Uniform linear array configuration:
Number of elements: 24
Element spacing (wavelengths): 0.75
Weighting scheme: uniform
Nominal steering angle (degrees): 30
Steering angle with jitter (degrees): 29.21
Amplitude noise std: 0.05
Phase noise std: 0.05

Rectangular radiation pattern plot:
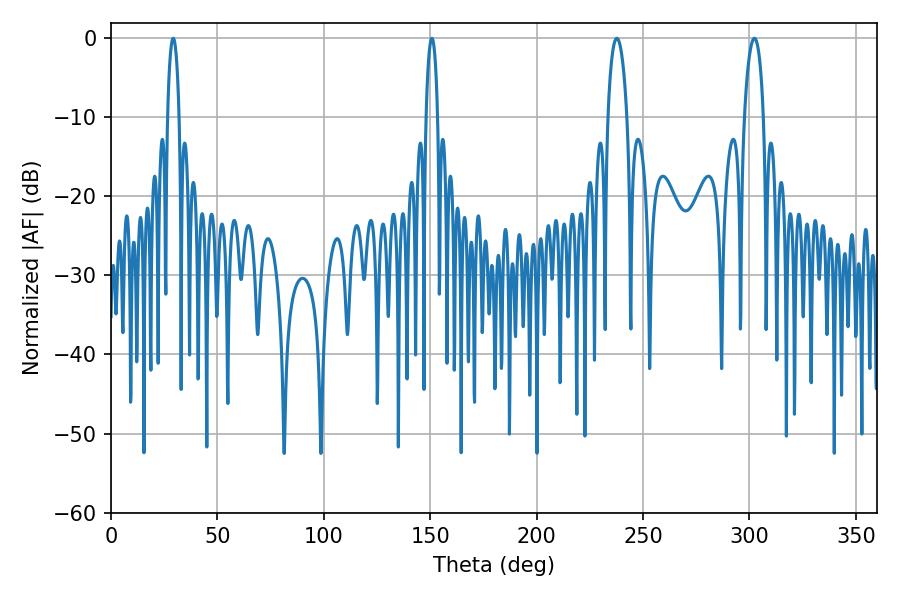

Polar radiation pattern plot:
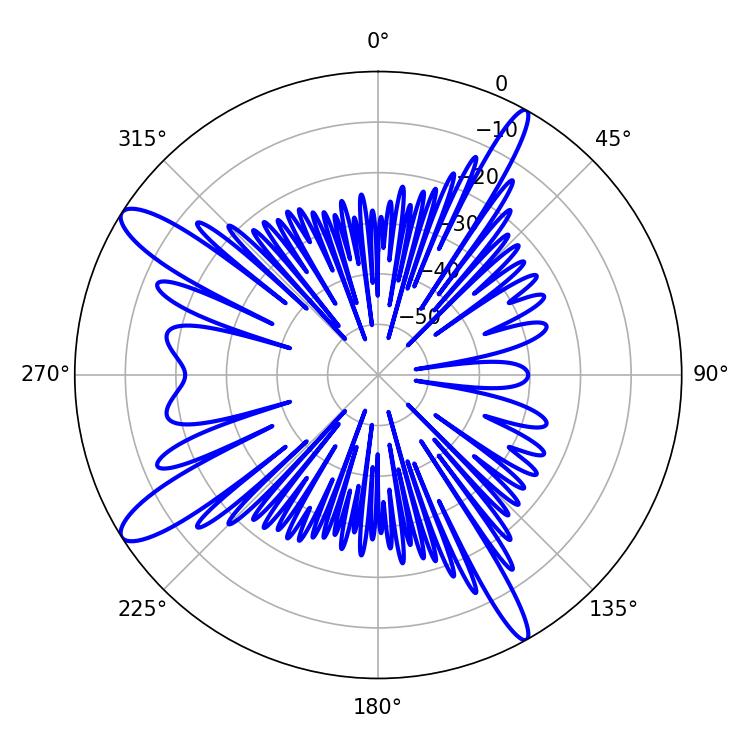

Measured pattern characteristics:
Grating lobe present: TRUE
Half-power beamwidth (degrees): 5.04
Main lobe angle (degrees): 237.6